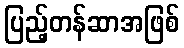
ပြည့်တန်ဆာအဖြစ်